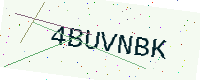
Text: 4BUVNBK